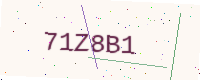
Text: 71Z8B1